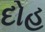
દોહ